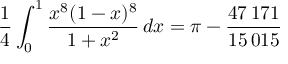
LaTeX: { \frac { 1 } { 4 } } \int _ { 0 } ^ { 1 } { \frac { x ^ { 8 } ( 1 - x ) ^ { 8 } } { 1 + x ^ { 2 } } } \, d x = \pi - { \frac { 4 7 \, 1 7 1 } { 1 5 \, 0 1 5 } }